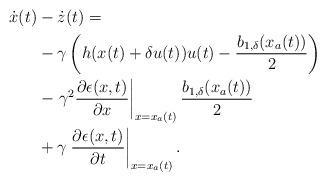
LaTeX: \begin{align*}\begin{aligned}\dot{x}(t)&-\dot{z}(t) =\\ &-\gamma\left(h(x(t)+\delta u(t))u(t)-\dfrac{b_{1,\delta}(x_a(t))}{2}\right)\\&-\left.\gamma^2\dfrac{\partial\epsilon(x,t)}{\partial x}\right|_{x = x_a(t)} \dfrac{b_{1,\delta}(x_a(t))}{2}\\& +\gamma\left.\dfrac{\partial \epsilon(x,t) }{\partial t}\right|_{x = x_a(t)}. \end{aligned}\end{align*}